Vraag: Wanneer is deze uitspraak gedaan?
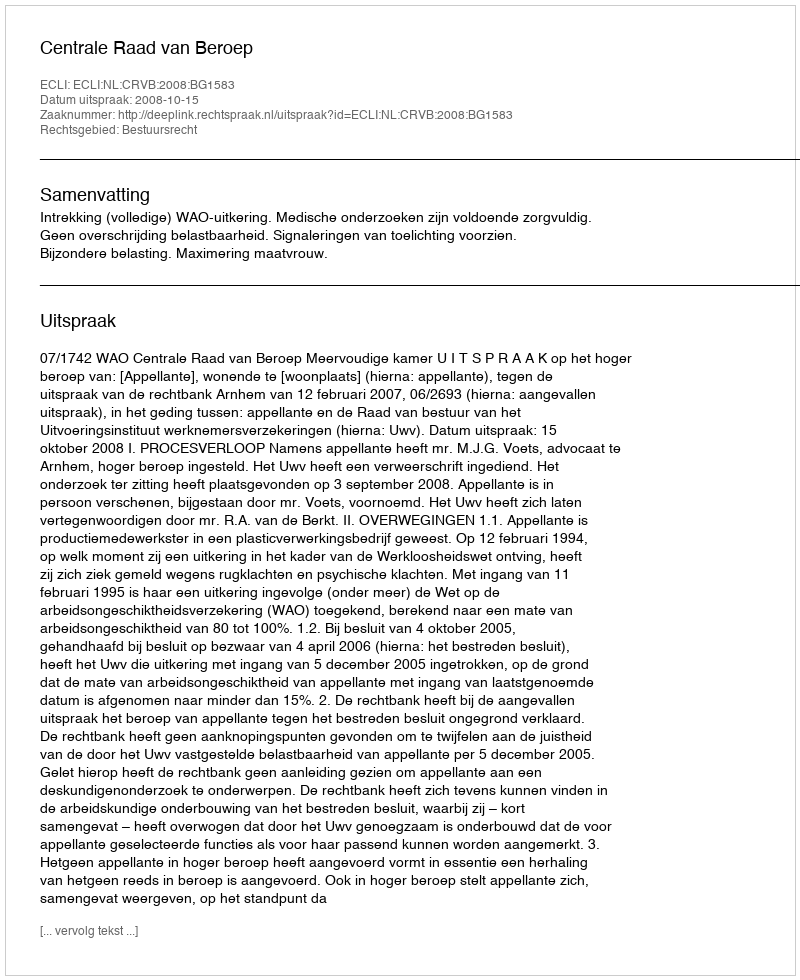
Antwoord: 2008-10-15